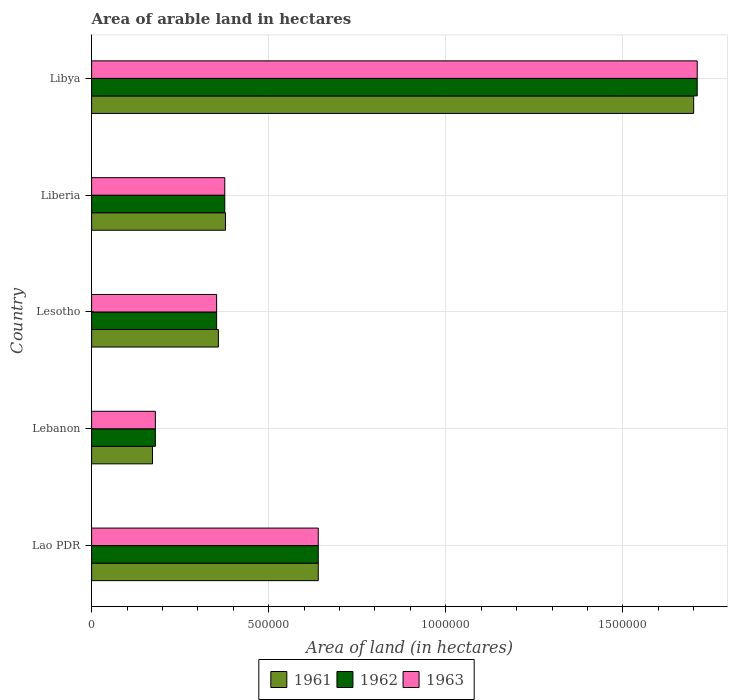
| Country | 1961 | 1962 | 1963 |
 | --- | --- | --- | --- |
 | Lao PDR | 6.4e+05 | 6.4e+05 | 6.4e+05 |
 | Lebanon | 1.72e+05 | 1.8e+05 | 1.8e+05 |
 | Lesotho | 3.58e+05 | 3.53e+05 | 3.53e+05 |
 | Liberia | 3.78e+05 | 3.76e+05 | 3.76e+05 |
 | Libya | 1.7e+06 | 1.71e+06 | 1.71e+06 |